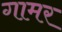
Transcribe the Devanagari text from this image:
गामर